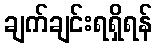
ချက်ချင်းရရှိရန်